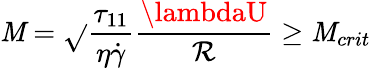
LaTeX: \mathit{M}=\sqrt{}{{\frac{{\tau_{11}}}{{\eta\dot{{\gamma}}}}\frac{{\lambdaU}}{{\mathcal{{R}}}}}}\ge\mathit{M}_{crit}